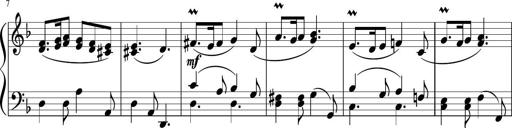
Title: 12 Keyboard Sonatinas
Composer: James Hook